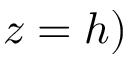
z = h )